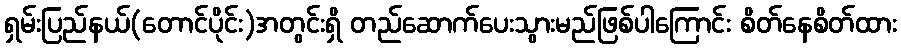
ရှမ်းပြည်နယ်(တောင်ပိုင်း)အတွင်းရှိ တည်ဆောက်ပေးသွားမည်ဖြစ်ပါကြောင်း စိတ်နေစိတ်ထား